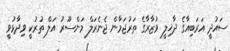
ސައުދީ އަރަބިއާގެ ދާޚިލީ ވުޒާރާގެ ތަރުޖަމާން ޖެނެރަލް މަންސޫރު އަލް ތުރުކީ ވިދާޅުވީ